Sanitation, dispensaries and jails vaccination Rajputana 1922-1927 - 1922-1927
Year: 1922
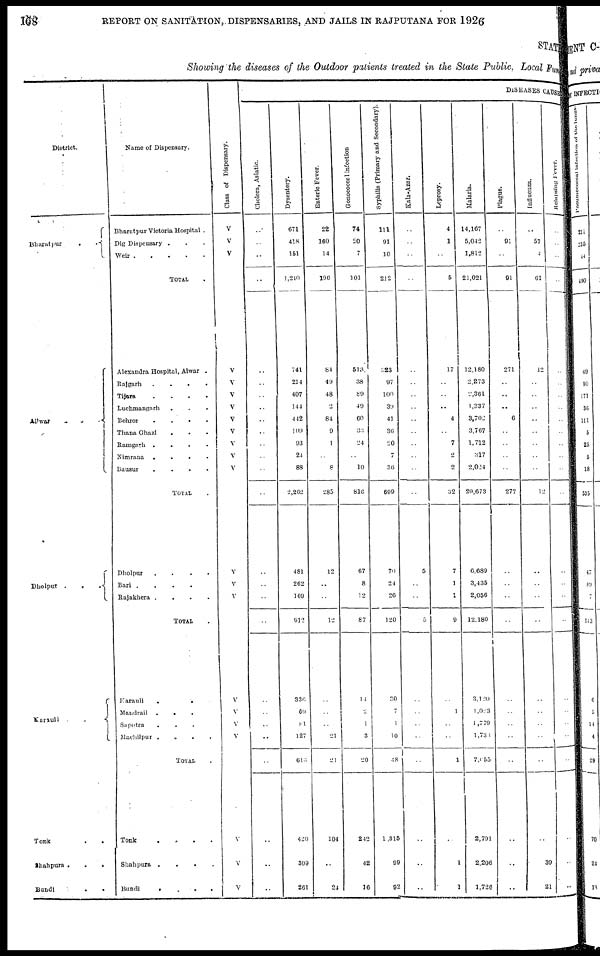
108
REPORT ON SANITATION, DISPENSARIES, AND JAILS IN RAJPUTANA FOR 1926
STATE
Showing the diseases of the Outdoor patients treated in the State Public. Local Fund
District.
Bharatpur
.
.
Alwar . . .
Dholpur .
.
.
Karauli
.
Tonk . .
Shahpura
.
.
.
Bundi
.
.
.
Name of Dispensary.
Bharatpur Victoria Hospital .
Dig Dispensary . . .
Weir
.
.
.
.
.
TOTAL .
Alexandra Hospital, Alwar .
Rajgarh . . . .
Tijara
.
.
.
.
Luchmangarh . . .
Behror
.
.
.
.
Thana Ghazi . . . .
Ramgarh
.
.
.
.
Nimrana . . . .
Bausur
.
.
.
.
TOTAL
Dholpur
.
.
.
.
Bari
.
.
.
.
Rajakhera
.
.
.
.
TOTAL .
Karauli
.
.
.
.
Mandrail
.
.
.
.
Sapotra . . . .
Machllpur
.
.
.
.
TOTAL
Tonk . . . .
Shahpura
.
.
.
.
Bundi
.
.
.
.
Class of Dispensary.
V
V
V
V
V
V
V
V
V
V
V
V
V
V
V
V
V
V
V
V
V
V
DISEASES CAUSE
Cholera, Asiatic.
..
..
..
..
..
..
..
..
..
..
..
..
..
..
..
..
..
..
..
..
..
..
..
..
..
Dysentery.
671
418
151
1,240
741
214
407
144
442
109
93
24
88
2,262
481
262
169
912
336
69
81
127
613
420
309
261
Enteric Fever.
22
160
14
196
84
49
48
2
84
9
1
..
8
285
12
..
..
12
..
..
..
21
21
104
..
24
Gonococcal infection
74
20
7
101
513
38
89
49
60
33
24
..
10
816
67
8
12
87
14
2
1
3
20
242
42
16
Syphilis (Primary and Secondary).
111
91
10
212
223
97
100
39
41
36
20
7
36
699
70
24
26
120
30
7
1
10
48
1,315
99
92
Kala-Azar.
..
..
..
..
..
..
..
..
..
..
..
..
..
..
5
..
..
5
..
..
..
..
..
..
..
..
Leprosy.
4
1
..
5
17
..
..
..
4
..
7
2
2
32
7
1
1
9
..
1
..
..
1
..
1
1
Malaria.
14,167
5,042
1,812
21,021
12,180
2,273
2,361
1,337
3,702
3,707
1,712
317
2,024
29,673
6,689
3,435
2,056
12,180
3,120
1,023
1,779
1,734
7,655
2,791
2,206
1,726
Plague.
..
91
..
91
271
..
..
..
6
..
..
..
..
277
..
..
..
..
..
..
..
..
..
..
..
. .
Influenza.
..
57
4
61
12
..
..
..
..
..
..
..
..
12
..
..
..
..
..
..
..
..
..
..
39
21
Relapsing Fever.
..
..
..
..
..
..
..
..
..
..
..
..
..
..
..
..
..
..
..
..
..
..
..
..
..
..